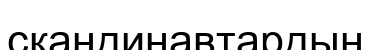
скандинавтардың